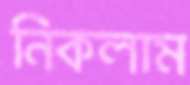
নিকলাম